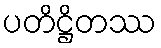
ပတိဋ္ဌိတဿ